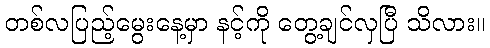
တစ်လပြည့်မွေးနေ့မှာ နင့်ကို တွေ့ချင်လှပြီ သိလား။